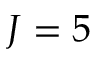
J = 5